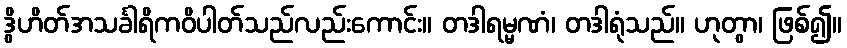
ဒွိဟိတ်အသင်္ခါရိကဝိပါတ်သည်လည်းကောင်း။ တဒါရမ္မဏံ၊ တဒါရုံသည်။ ဟုတွာ၊ ဖြစ်၍။